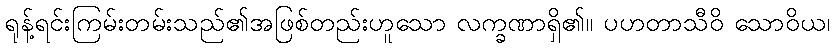
ရုန့်ရင်းကြမ်းတမ်းသည်၏အဖြစ်တည်းဟူသော လက္ခဏာရှိ၏။ ပဟတာသီဝိ သောဝိယ၊